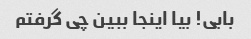
بابی! بیا اینجا ببین چی گرفتم